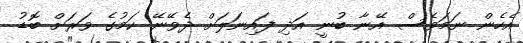
އެހެން ނަމަވެސް އޭނާ ބުނީ އަދި ފައިނަލަށް ދެވޭނޭ ކަމުގެ ވަރަށް ބޮޑު